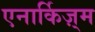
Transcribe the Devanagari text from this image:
एनार्किज़्म